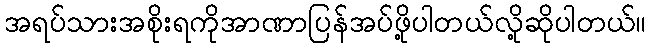
အရပ်သားအစိုးရကိုအာဏာပြန်အပ်ဖို့ပါတယ်လို့ဆိုပါတယ်။